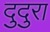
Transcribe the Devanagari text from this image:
दुदुरा